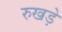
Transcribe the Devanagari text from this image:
रुखड़े